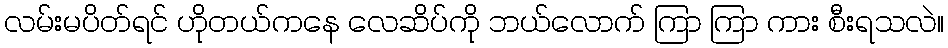
လမ်းမပိတ်ရင် ဟိုတယ်ကနေ လေဆိပ်ကို ဘယ်လောက် ကြာ ကြာ ကား စီးရသလဲ။